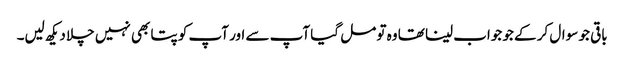
باقی جو سوال کر کے جو جواب لینا تھا وہ تو مل گیا آپ سے اور آپ کو پتا بھی نہیں چلا دیکھ لیں۔